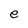
Character: e